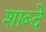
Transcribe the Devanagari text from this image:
शाब्दे